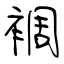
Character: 裯